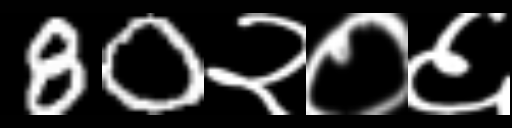
Text: 80२०६